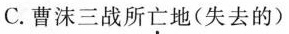
C. 曹沫三战所亡地(失去的)